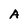
Character: A